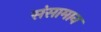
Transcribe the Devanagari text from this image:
संसामान